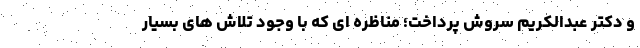
و دکتر عبدالکریم سروش پرداخت؛ مناظره ای که با وجود تلاش های بسیار